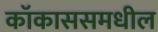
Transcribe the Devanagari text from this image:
कॉकाससमधील